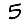
Digit: 5